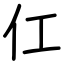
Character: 仜